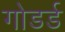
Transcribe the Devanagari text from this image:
गोडर्ड